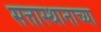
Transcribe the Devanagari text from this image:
सत्तास्थानाच्या